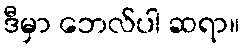
ဒီမှာ ဘေလ်ပါ ဆရာ။